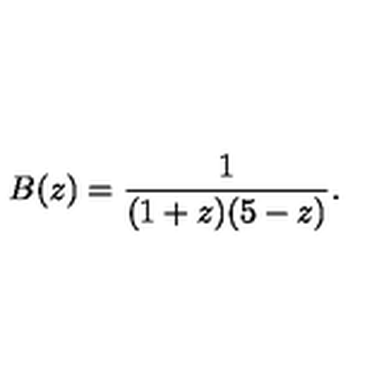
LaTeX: B ( z ) = { \frac { 1 } { ( 1 + z ) ( 5 - z ) } } .